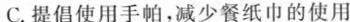
C.提倡使用手帕，减少餐纸巾的使用